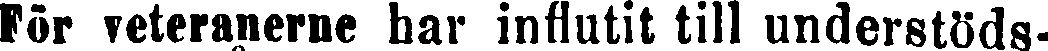
För veterarerne har inglutit till understöds-